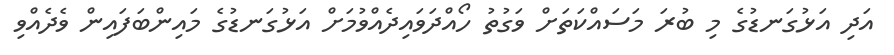
އަދި އަޅުގަނޑުގެ މި ބުރަ މަސައްކަތަށް ވަގުތު ހޯއްދަވައިދެއްވުމަށް އަޅުގަނޑުގެ މައިންބަފައިން ވެދެއްވި